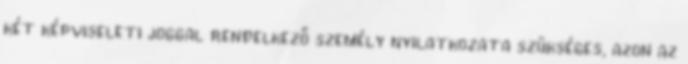
két képviseleti joggal rendelkező személy nyilatkozata szükséges, azon az